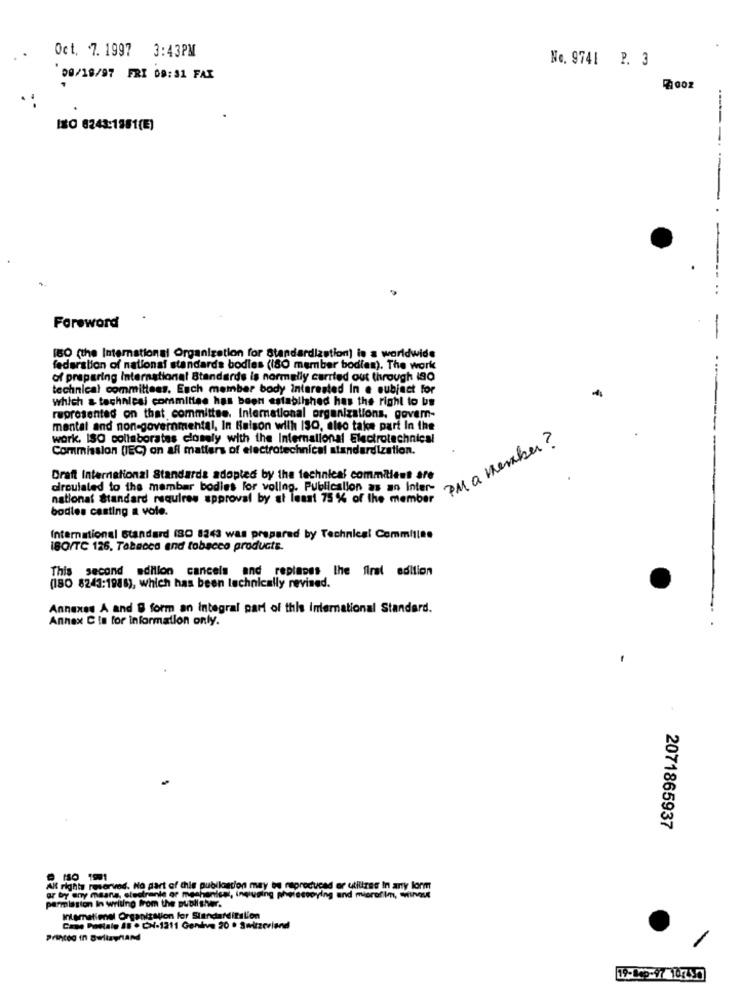
Oct. 7. 1997 3:43PM
No. 9741 P. 3
00/18/97 FRI 09:31 FAX
ISO 8243:1981(E)
..
Foreword
-
180 (the International Organization for Standardization] is a worldwide
federation of national standards bodies (180 member bodies). The work
of preparing International Standards is normally carried out through i90
technical committees. Each member body interested In e subject for
-
which & technical committee has been established has the right to be
represented on that committee. International organizations, govem-
mental and non-governmental, In Raison with ISO, aleo take part In the
work. ISO collaborates closely with the International Electrotechnical
PM a member?
Commission (IEC) on afl matters of electrotechnical standardization.
Draft International Standards adopted by the technical commiliens are
droulaled to the member bodies for vollng. Publicslion as an inter-
national Standard requires approval by at least 75 % of the member
bodies casting a vole.
International standard (80 8243 was prepared by Technical Commilles
ISO/TC 126. Tabaoca and tobacco products.
This second dillon cancels and replaces the first edition
(180 8243;1988), which has been technically revised.
Annexes A and B form an Integral part of this international Standard.
Annex C is for information only.
2071865937
@ HSO 1991
All rights reserved. No part of this publication may be reproduced or utlures In arty lorm
permission In writing from the publisher.
ar by any means, elestrante or mechanical, ingusing phelessoying and microfilm, withse
Intemationel Organization for Standarditilion
Cane Postale Il · CH-1211 Genive 20 . Switzerland
Princog in awilayArd
19-009-97 102490